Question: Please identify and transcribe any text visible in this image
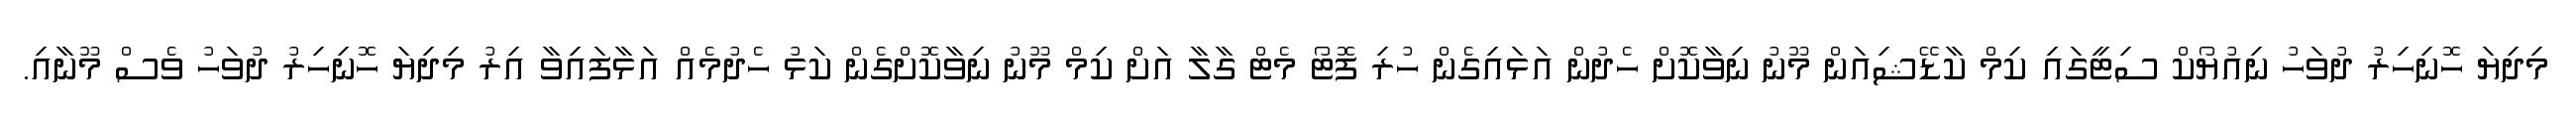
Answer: މިދިޔަ ހޮނިހިރު ދުވަހު ނިއުޔޯކް ސިޓީގައި ކިމް ކާޑޭޝިއަން މޫނު ނިވާކޮށް ހެދުން އަޅައިގެން ހުރި ފޮޓޯ މެޓް ގާލާ އަށް ކިމް މޫނު ނިވާކޮށްގެން ކަޅު ހެދުމެއް އަޅާފައިވާ އިރު މިދިޔަ ހޮނިހިރު ދުވަހު ވެސް މޫނާއި.